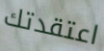
اعتقدتك